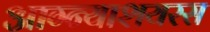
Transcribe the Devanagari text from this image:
आग्न्याशयरस